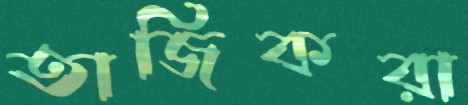
তাজিকরা